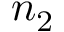
n _ { 2 }